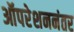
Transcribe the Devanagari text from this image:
ऑपरेशननंतर